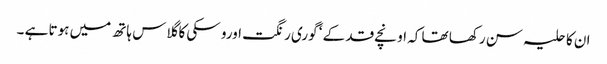
ان کا حلیہ سن رکھا تھا کہ اونچے قد کے ‘ گوری رنگت اورو سکی کا گلاس ہاتھ میں ہوتا ہے ۔